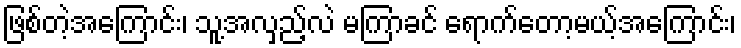
ဖြစ်တဲ့အကြောင်း၊ သူ့အလှည့်လဲ မကြာခင် ရောက်တော့မယ့်အကြောင်း၊